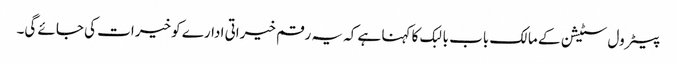
پیٹرول سٹیشن کے مالک باب بالبک کا کہنا ہے کہ یہ رقم خیراتی ادارے کو خیرات کی جائے گی۔